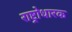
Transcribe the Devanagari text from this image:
राष्ट्रोधारक